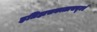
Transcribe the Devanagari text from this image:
इतिहासकाळापासूनचे